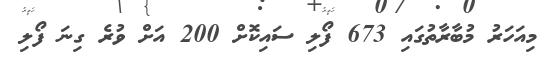
މިއަހަރު މުބާރާތުގައި 673 ފޯލި ސައިކޮށް 200 އަށް ވުރެ ގިނަ ފޯލި